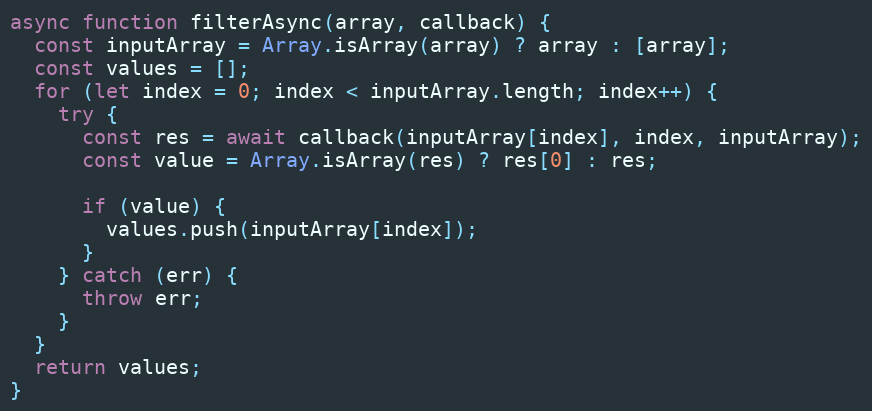
Language: JavaScript
async function filterAsync(array, callback) {
  const inputArray = Array.isArray(array) ? array : [array];
  const values = [];
  for (let index = 0; index < inputArray.length; index++) {
    try {
      const res = await callback(inputArray[index], index, inputArray);
      const value = Array.isArray(res) ? res[0] : res;

      if (value) {
        values.push(inputArray[index]);
      }
    } catch (err) {
      throw err;
    }
  }
  return values;
}